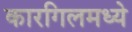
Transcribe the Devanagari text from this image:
कारगिलमध्ये